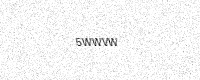
Text: 5WWVW